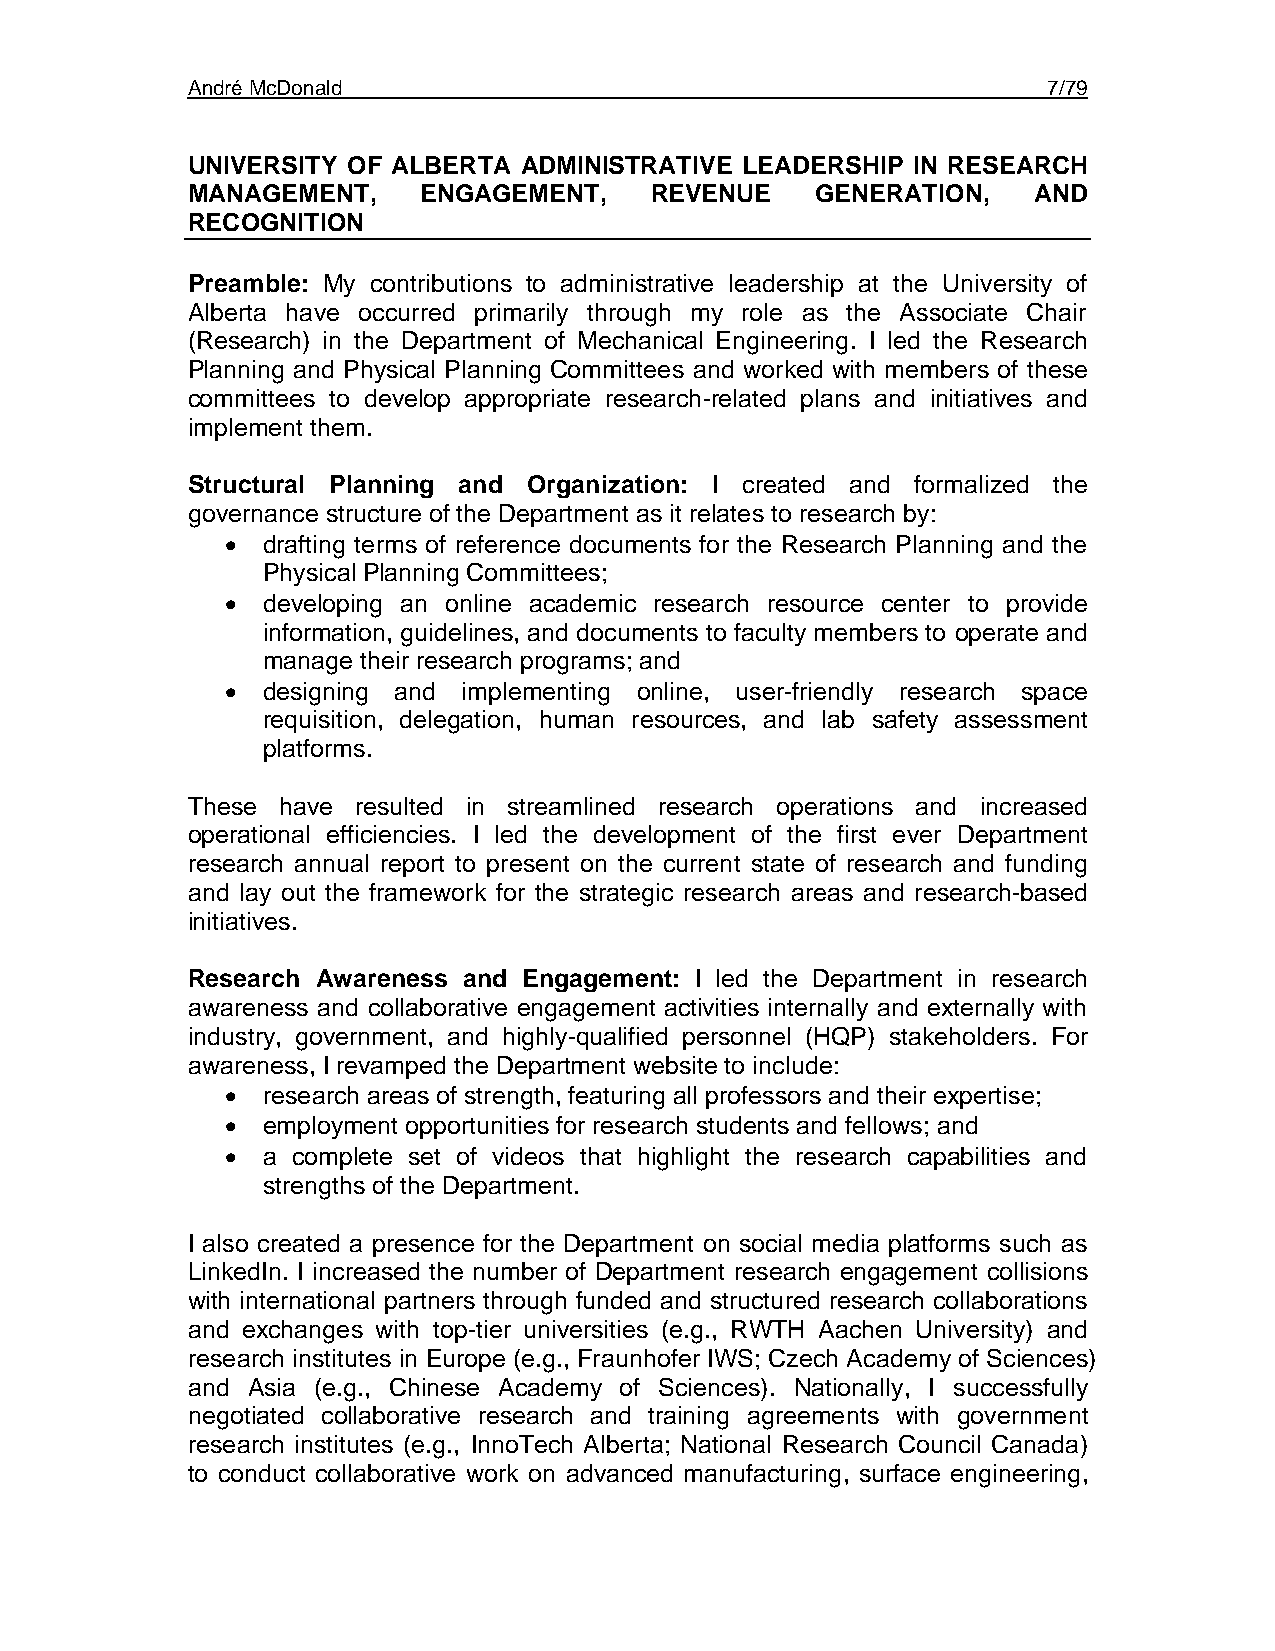
André McDonald                                           7/79
 UNIVERSITY OF ALBERTA ADMINISTRATIVE LEADERSHIP IN RESEARCH
 MANAGEMENT,     ENGAGEMENT,    REVENUE    GENERATION,   AND
 RECOGNITION
 Preamble: My contributions to administrative leadership at the University of
 Alberta have occurred primarily through my role as the Associate Chair
 (Research) in the Department of Mechanical Engineering. I led the Research
 Planning and Physical Planning Committees and worked with members of these
 committees to develop appropriate research-related plans and initiatives and
 implement them.
 Structural Planning and Organization: I created and formalized the
 governance structure of the Department as it relates to research by:
 • drafting terms of reference documents for the Research Planning and the
 Physical Planning Committees;
 • developing an online academic research resource center to provide
 information, guidelines, and documents to faculty members to operate and
 manage their research programs; and
 • designing and implementing online, user-friendly research space
 requisition, delegation, human resources, and lab safety assessment
 platforms.
 These have  resulted in streamlined research operations and increased
 operational efficiencies. I led the development of the first ever Department
 research annual report to present on the current state of research and funding
 and lay out the framework for the strategic research areas and research-based
 initiatives.
 Research Awareness and Engagement: I led the Department in research
 awareness and collaborative engagement activities internally and externally with
 industry, government, and highly-qualified personnel (HQP) stakeholders. For
 awareness, I revamped the Department website to include:
 • research areas of strength, featuring all professors and their expertise;
 • employment opportunities for research students and fellows; and
 • a complete set of videos that highlight the research capabilities and
 strengths of the Department.
 I also created a presence for the Department on social media platforms such as
 LinkedIn. I increased the number of Department research engagement collisions
 with international partners through funded and structured research collaborations
 and exchanges with top-tier universities (e.g., RWTH Aachen University) and
 research institutes in Europe (e.g., Fraunhofer IWS; Czech Academy of Sciences)
 and Asia (e.g., Chinese Academy of Sciences). Nationally, I successfully
 negotiated collaborative research and training agreements with government
 research institutes (e.g., InnoTech Alberta; National Research Council Canada)
 to conduct collaborative work on advanced manufacturing, surface engineering,